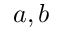
a , b